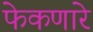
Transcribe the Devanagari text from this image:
फेकणारे